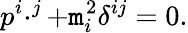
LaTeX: p^{i}\cdotp^{j}+\mathtt{m}_{i}^{2}\delta^{ij}=0.